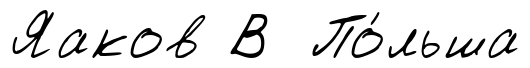
Яаков В По́льша